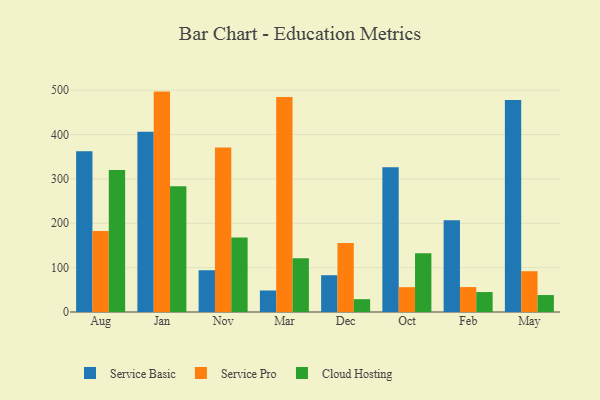
{"axis": {"x": "Month", "y": "Shipments"}, "legend": ["Cloud Hosting", "Service Basic", "Service Pro"], "data": [{"x": "Aug", "y": 362.1, "type": "Service Basic"}, {"x": "Aug", "y": 182.5, "type": "Service Pro"}, {"x": "Aug", "y": 319.8, "type": "Cloud Hosting"}, {"x": "Jan", "y": 406.3, "type": "Service Basic"}, {"x": "Jan", "y": 496.8, "type": "Service Pro"}, {"x": "Jan", "y": 283.5, "type": "Cloud Hosting"}, {"x": "Nov", "y": 94.1, "type": "Service Basic"}, {"x": "Nov", "y": 370.7, "type": "Service Pro"}, {"x": "Nov", "y": 168.2, "type": "Cloud Hosting"}, {"x": "Mar", "y": 48.5, "type": "Service Basic"}, {"x": "Mar", "y": 484.8, "type": "Service Pro"}, {"x": "Mar", "y": 121.4, "type": "Cloud Hosting"}, {"x": "Dec", "y": 82.9, "type": "Service Basic"}, {"x": "Dec", "y": 155.3, "type": "Service Pro"}, {"x": "Dec", "y": 28.9, "type": "Cloud Hosting"}, {"x": "Oct", "y": 326.4, "type": "Service Basic"}, {"x": "Oct", "y": 56.0, "type": "Service Pro"}, {"x": "Oct", "y": 132.6, "type": "Cloud Hosting"}, {"x": "Feb", "y": 207.0, "type": "Service Basic"}, {"x": "Feb", "y": 56.2, "type": "Service Pro"}, {"x": "Feb", "y": 45.0, "type": "Cloud Hosting"}, {"x": "May", "y": 477.6, "type": "Service Basic"}, {"x": "May", "y": 91.9, "type": "Service Pro"}, {"x": "May", "y": 38.2, "type": "Cloud Hosting"}]}